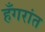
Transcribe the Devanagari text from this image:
हँगरांत